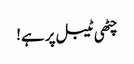
چٹھی ٹیبل پر ہے!